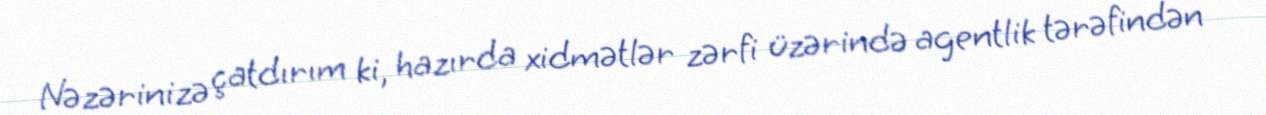
Nəzərinizə çatdırım ki, hazırda xidmətlər zərfi üzərində agentlik tərəfindən